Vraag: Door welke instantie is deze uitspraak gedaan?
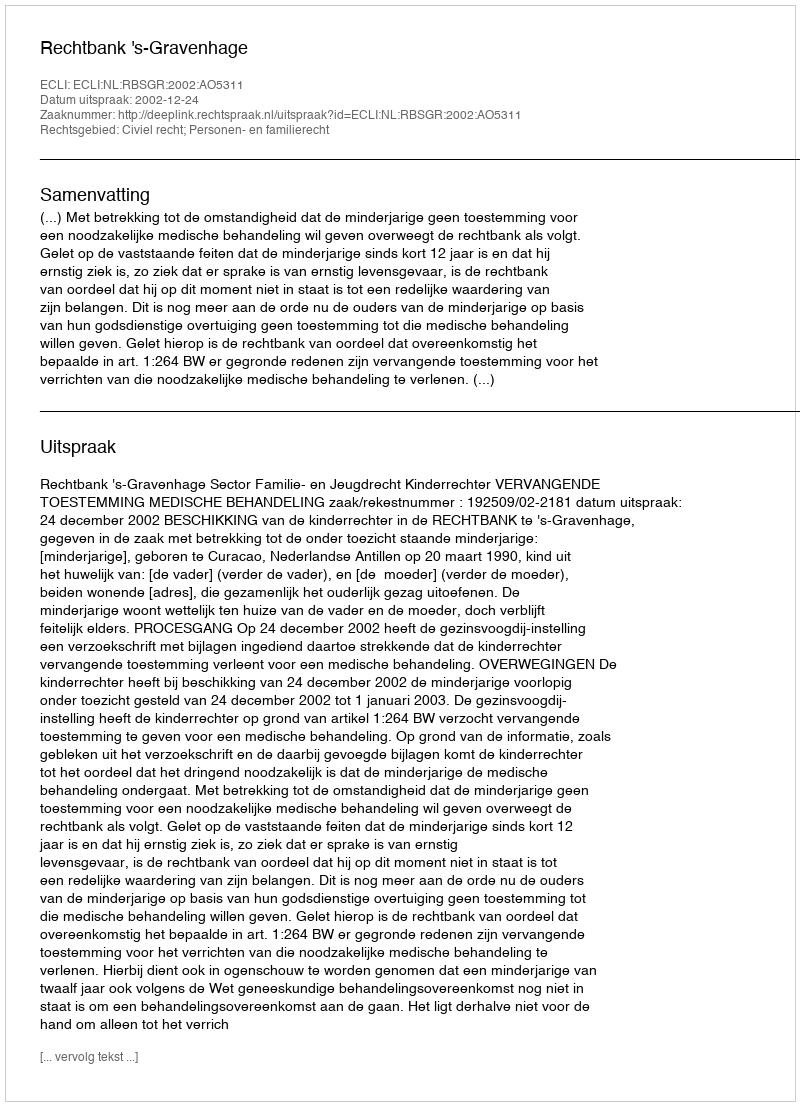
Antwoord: Rechtbank 's-Gravenhage